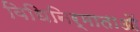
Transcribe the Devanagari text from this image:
विधिनिर्माताओं